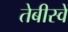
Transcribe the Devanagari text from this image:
तेबीस्वें